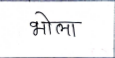
मजकूर: भोला